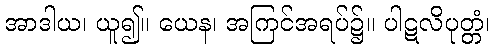
အာဒါယ၊ ယူ၍။ ယေန၊ အကြင်အရပ်၌။ ပါဋလိပုတ္တံ၊